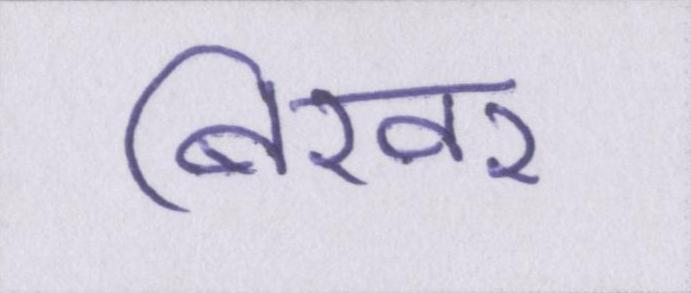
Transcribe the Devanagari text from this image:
बिखर